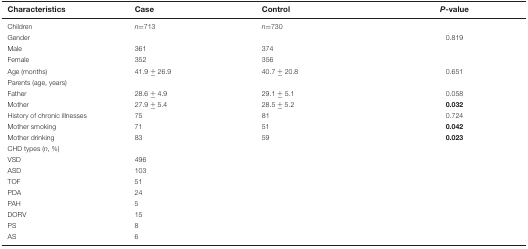
| Characteristics | Case | Control | P-value |
 | --- | --- | --- | --- |
 | Children | n=713 | n=730 |  |
 | Gender |  |  | 0.819 |
 | Male | 361 | 374 |  |
 | Female | 352 | 356 |  |
 | Age (months) | 41.9 ± 26.9 | 40.7 ± 20.8 | 0.651 |
 | Parents (age, years) |  |  |  |
 | Father | 28.6 ± 4.9 | 29.1 ± 5.1 | 0.058 |
 | Mother | 27.9 ± 5.4 | 28.5 ± 5.2 | 0.032 |
 | History of chronic illnesses | 75 | 81 | 0.724 |
 | Mother smoking | 71 | 51 | 0.042 |
 | Mother drinking | 83 | 59 | 0.023 |
 | CHD types (n, %) |  |  |  |
 | VSD | 496 |  |  |
 | ASD | 103 |  |  |
 | TOF | 51 |  |  |
 | PDA | 24 |  |  |
 | PAH | 5 |  |  |
 | DORV | 15 |  |  |
 | PS | 8 |  |  |
 | AS | 6 |  |  |